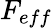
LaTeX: F_{eff}